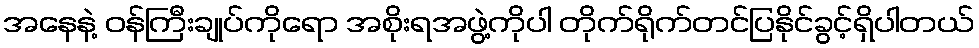
အနေနဲ့ ဝန်ကြီးချုပ်ကိုရော အစိုးရအဖွဲ့ကိုပါ တိုက်ရိုက်တင်ပြနိုင်ခွင့်ရှိပါတယ်